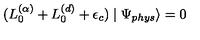
( L _ { 0 } ^ { ( \alpha ) } + L _ { 0 } ^ { ( d ) } + \epsilon _ { c } ) \mid \Psi _ { p h y s } \rangle = 0